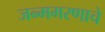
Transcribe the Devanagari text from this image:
जन्ममरणाचे